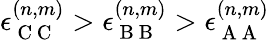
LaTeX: \epsilon_{\mathrm{~C~C~}}^{(n,m)}>\epsilon_{\mathrm{~B~B~}}^{(n,m)}>\epsilon_{\mathrm{~A~A~}}^{(n,m)}